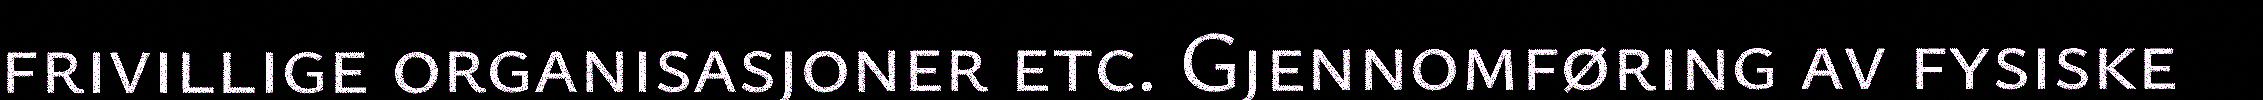
frivillige organisasjoner etc. Gjennomføring av fysiske